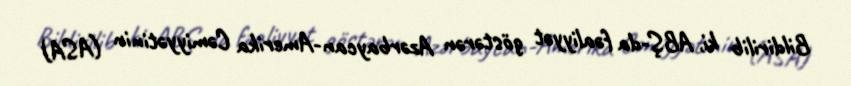
Bildirilib ki, ABŞ-da fəaliyyət göstərən Azərbaycan-Amerika Cəmiyyətinin (ASA)